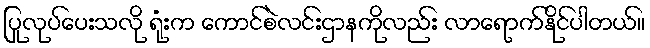
ပြုလုပ်ပေးသလို ရုံးက ကောင်စဲလင်းဌာနကိုလည်း လာရောက်နိုင်ပါတယ်။